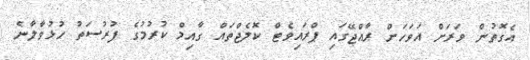
އެގޮތުން ވަރަށް އަވަހަށް ރާއްޖޭގައި ޕްރައިވެޓް ކޮލެޖްތައް ގާއިމް ކުރުމުގެ ފުރުސަތު ހުޅުވާލާނެ